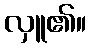
လှူ၏။